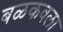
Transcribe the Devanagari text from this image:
बळकवला